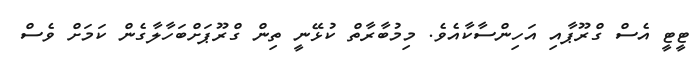
ޓީޓީ އެސް ގްރޫޕާއި އަހިންސާކާއެވެ. މިމުބާރާތް ކުޅޭނީ ތިން ގްރޫޕަށްބަހާލާގެން ކަމަށް ވެސް